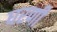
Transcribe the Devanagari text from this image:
घरणी